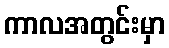
ကာလအတွင်းမှာ